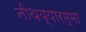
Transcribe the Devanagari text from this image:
नीथय्यारम्मा